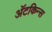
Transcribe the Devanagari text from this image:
अॅटकिन्स